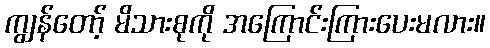
ကျွန်တော့် မိသားစုကို အကြောင်းကြားပေးမလား။